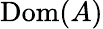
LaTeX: \mathrm{Dom}(A)